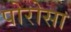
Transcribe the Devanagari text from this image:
पोरोसा